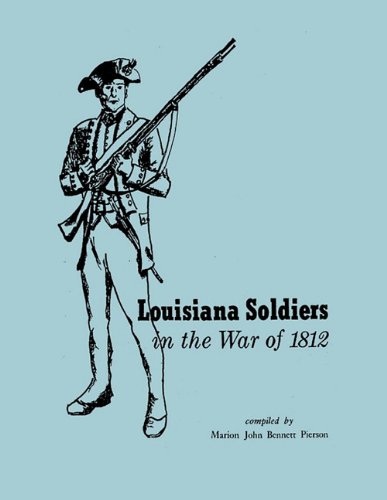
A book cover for Louisiana Soldiers in the War of 1812; Marion John Bennett Pierson; History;